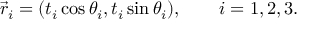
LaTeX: \vec { r } _ { i } = ( t _ { i } \cos \theta _ { i } , t _ { i } \sin \theta _ { i } ) , \qquad i = 1 , 2 , 3 .